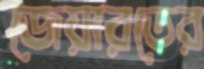
জেয়ারতের